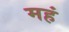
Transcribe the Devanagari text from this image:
महं